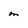
Character: m